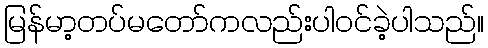
မြန်မာ့တပ်မတော်ကလည်းပါဝင်ခဲ့ပါသည်။